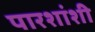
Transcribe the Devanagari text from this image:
पारशांशी